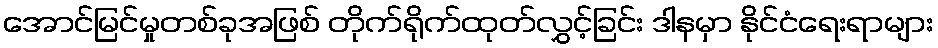
အောင်မြင်မှုတစ်ခုအဖြစ် တိုက်ရိုက်ထုတ်လွှင့်ခြင်း ဒါနမှာ နိုင်ငံရေးရာများ